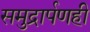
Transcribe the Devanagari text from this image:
समुद्रार्पणही